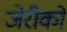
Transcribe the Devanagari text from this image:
जेरीको